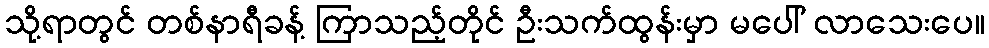
သို့ရာတွင် တစ်နာရီခန့် ကြာသည့်တိုင် ဦးသက်ထွန်းမှာ မပေါ် လာသေးပေ။